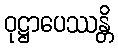
ဝုဋ္ဌာပေဿန္တိ